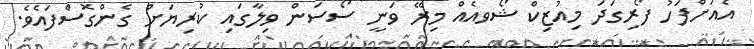
އެއަށްފަހު ފޯރިގަދަ މިއުޒިކް ޝޯވއެއް މިރޭ ވަނީ ސޯސަން ވިލާގައި ކުރިޔަށް ގެންގޮސްފައެވެ.